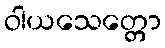
ဝါယသေတ္တော